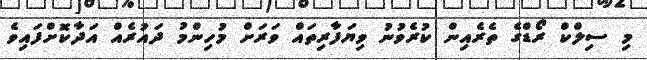
މި ސިލްކް ރޯޑްގެ ތެރެއިން ކުރެވުނު ވިޔަފާރިތައް ވަރަށް މުހިންމު ދައުރެއް އަދާކޮށްފައިވެ